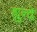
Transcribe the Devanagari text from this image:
ह्युन्दे